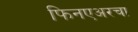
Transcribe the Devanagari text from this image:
फिनएअरचा